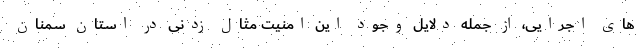
های اجرایی، از جمله دلایل وجود این امنیت مثال زدنی در استان سمنان